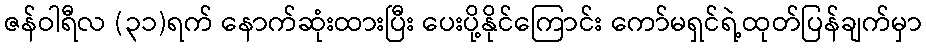
ဇန်ဝါရီလ (၃၁)ရက် နောက်ဆုံးထားပြီး ပေးပို့နိုင်ကြောင်း ကော်မရှင်ရဲ့ထုတ်ပြန်ချက်မှာ